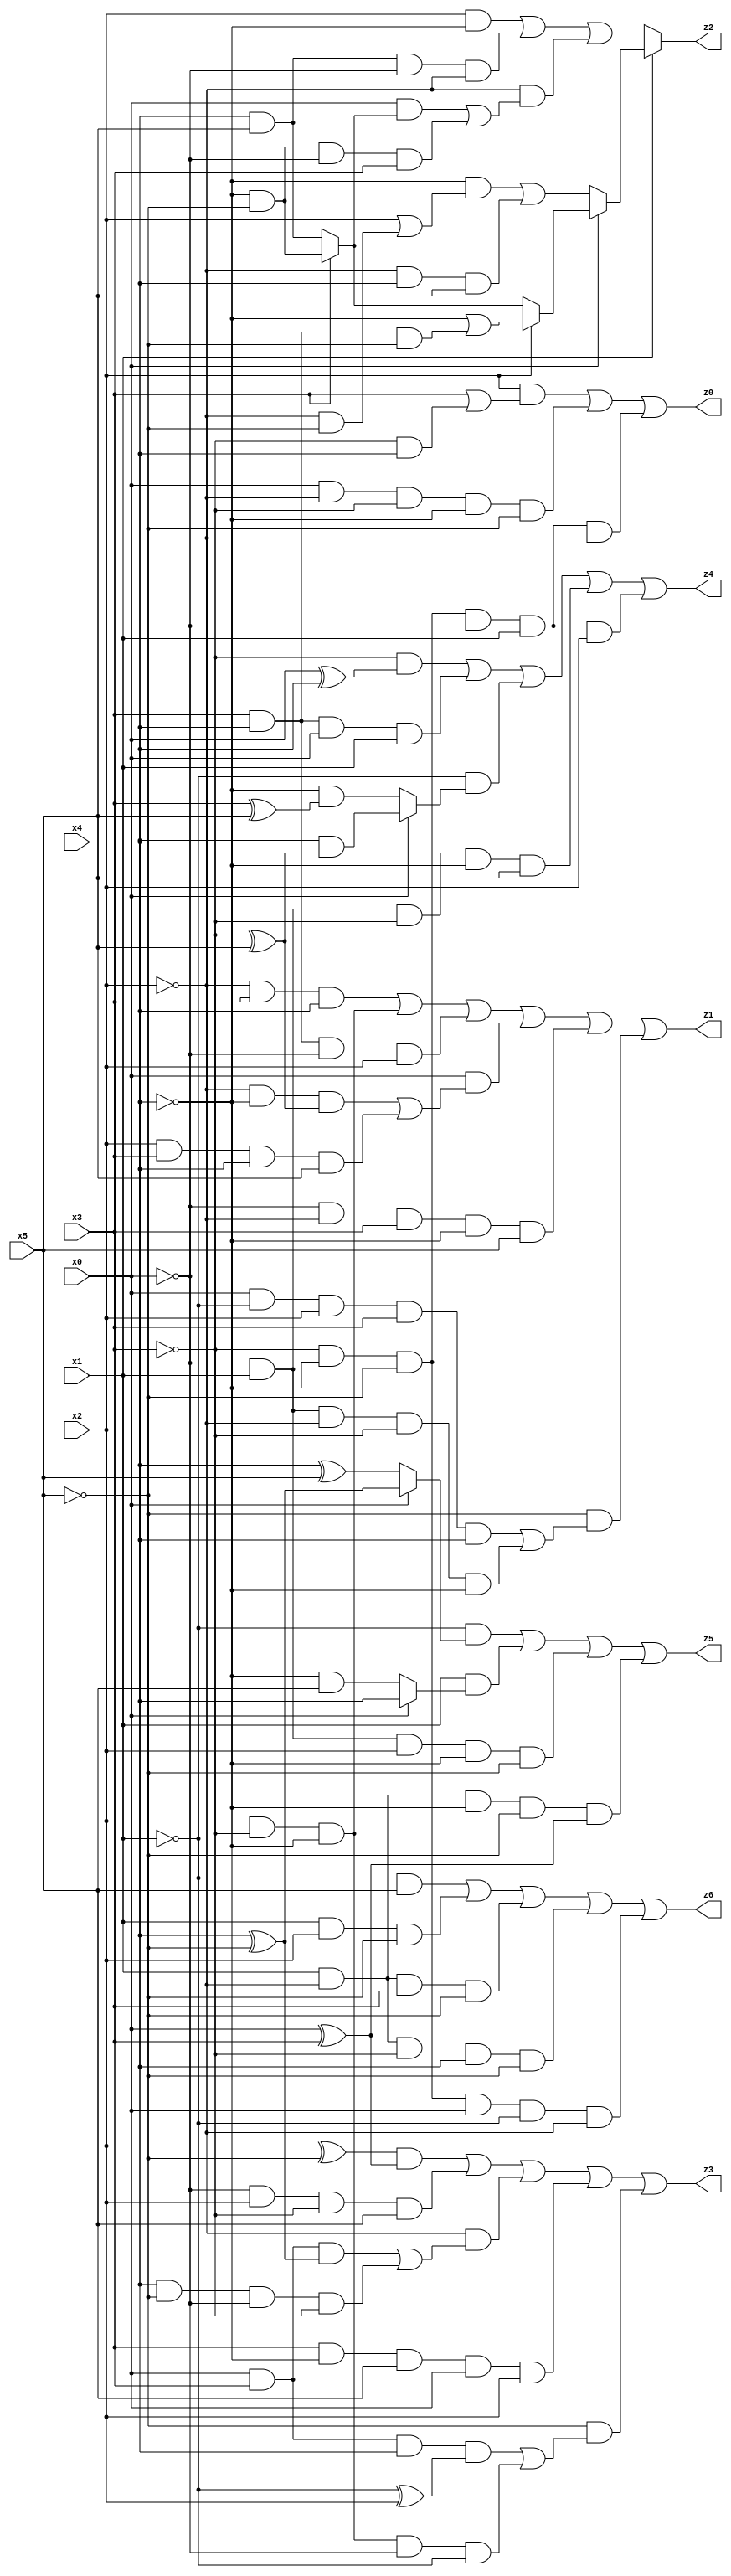
// Benchmark "X_12" written by ABC on Wed Jun 07 16:16:15 2023

module X_12 ( 
    x0, x1, x2, x3, x4, x5,
    z0, z1, z2, z3, z4, z5, z6  );
  input  x0, x1, x2, x3, x4, x5;
  output z0, z1, z2, z3, z4, z5, z6;
  assign z0 = (x2 & (x3 | (~x3 & x4))) | (x0 & ~x2 & ~x3 & ~x4 & ~x5) | (~x3 & ~x4 & ~x5 & ~x0 & x1 & ~x2);
  assign z1 = (~x2 & x3 & x4) | (x2 & ~x3 & ~x4) | (x3 & x4 & ~x0 & x2) | (x0 & ((~x2 & ~x4 & (~x3 ^ x5)) | (x2 & x3 & x4 & x5))) | (~x0 & ~x2 & x3 & ~x4 & x5) | (~x5 & ((x0 & ~x1 & x2 & x3 & x4) | (~x0 & x1 & ~x2 & ~x3 & ~x4)));
  assign z2 = x1 ? (x0 ? (x2 ? (~x4 | (x3 & x4 & ~x5)) : (x3 ? (~x4 & ~x5) : (x4 & x5))) : ((~x4 & (x2 | (~x2 & ~x5))) | (~x2 & x4 & x5))) : ((x2 & ~x4) | (x4 & x5 & ~x0 & ~x2) | (~x2 & ((x0 & (x3 ? (~x4 & ~x5) : (x4 & x5))) | (~x4 & ~x5 & ~x0 & x3))));
  assign z3 = ((x2 ^ ~x5) & (x0 ^ x3)) | (~x0 & x2 & ~x3 & x5) | (~x2 & ((x0 & x3 & (x4 ^ ~x5)) | (x4 & ~x5 & ~x0 & ~x3))) | (x3 & ~x4 & x5 & x0 & x2) | (~x5 & ((x0 & x3 & x4 & (~x1 ^ x2)) | (x2 & ~x3 & ~x4 & ~x0 & ~x1)));
  assign z4 = (~x3 & (x0 ^ x4)) | (x3 & x4 & x0 & x1) | (~x1 & (x0 ? (x4 & (~x3 ^ x5)) : (~x4 & (x3 ^ x5)))) | (~x0 & x1 & ~x3 & ~x4 & x5) | (~x3 & ~x4 & ~x5 & ~x0 & x1 & x2);
  assign z5 = (~x1 & (x0 ? (x4 ^ ~x5) : (x4 ^ x5))) | (x1 & (x0 ? x4 : (~x4 & x5))) | (~x0 & x1 & x2 & ~x4 & ~x5) | (x1 & ~x2 & ~x4 & ~x5 & (x0 ^ x3));
  assign z6 = (~x1 & x5) | (x1 & x2 & ~x5) | (x1 & ~x2 & x3 & ~x5) | (x1 & ~x2 & ~x3 & x4 & ~x5) | (~x3 & ~x4 & ~x5 & x0 & ~x1 & ~x2);
endmodule